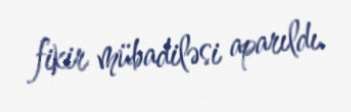
fikir mübadiləsi aparıldı.